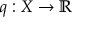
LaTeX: q : X \to \mathbb { R }